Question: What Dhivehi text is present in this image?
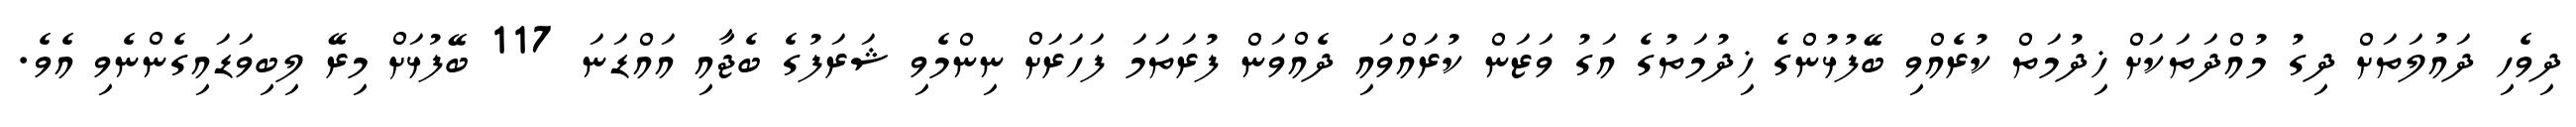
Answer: ދިވެހި ދައުލަތަށް ދިގު މުއްދަތަކަށް ޚިދުމަތް ކުރެއްވި ބޭފުޅުންގެ ޚިދުމަތުގެ އަގު ވަޒަން ކުރައްވައި ދެއްވަން ފުރަތަމަ ފަހަރަށް ނިންމެވި ޝަރަފުގެ ބެޖާއި އައްޑަނަ 117 ބޭފުޅަށް މިރޭ ލިބިވަޑައިގެންނެވި އެވެ.